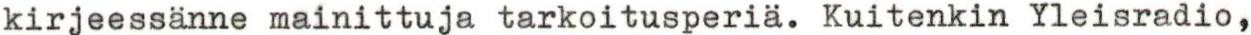
kirjeessänne mainittuja tarkoitusperiä. Kuitenkin Yleisradio,